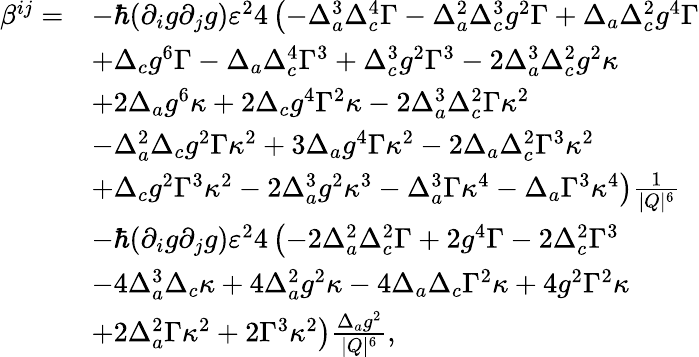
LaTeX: \begin{array}{rl}{\beta^{ij}=}&{-\hbar(\partial_{i}g\partial_{j}g)\varepsilon^{2}4\left(-\Delta_{a}^{3}\Delta_{c}^{4}\Gamma-\Delta_{a}^{2}\Delta_{c}^{3}g^{2}\Gamma+\Delta_{a}\Delta_{c}^{2}g^{4}\Gamma\right.}\\ &{+\Delta_{c}g^{6}\Gamma-\Delta_{a}\Delta_{c}^{4}\Gamma^{3}+\Delta_{c}^{3}g^{2}\Gamma^{3}-2\Delta_{a}^{3}\Delta_{c}^{2}g^{2}\kappa}\\ &{+2\Delta_{a}g^{6}\kappa+2\Delta_{c}g^{4}\Gamma^{2}\kappa-2\Delta_{a}^{3}\Delta_{c}^{2}\Gamma\kappa^{2}}\\ &{-\Delta_{a}^{2}\Delta_{c}g^{2}\Gamma\kappa^{2}+3\Delta_{a}g^{4}\Gamma\kappa^{2}-2\Delta_{a}\Delta_{c}^{2}\Gamma^{3}\kappa^{2}}\\ &{\left.+\Delta_{c}g^{2}\Gamma^{3}\kappa^{2}-2\Delta_{a}^{3}g^{2}\kappa^{3}-\Delta_{a}^{3}\Gamma\kappa^{4}-\Delta_{a}\Gamma^{3}\kappa^{4}\right)\frac{1}{|Q|^{6}}}\\ &{-\hbar(\partial_{i}g\partial_{j}g)\varepsilon^{2}4\left(-2\Delta_{a}^{2}\Delta_{c}^{2}\Gamma+2g^{4}\Gamma-2\Delta_{c}^{2}\Gamma^{3}\right.}\\ &{-4\Delta_{a}^{3}\Delta_{c}\kappa+4\Delta_{a}^{2}g^{2}\kappa-4\Delta_{a}\Delta_{c}\Gamma^{2}\kappa+4g^{2}\Gamma^{2}\kappa}\\ &{\left.+2\Delta_{a}^{2}\Gamma\kappa^{2}+2\Gamma^{3}\kappa^{2}\right)\frac{\Delta_{a}g^{2}}{|Q|^{6}},}\end{array}